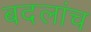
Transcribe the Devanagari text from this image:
बदलांच